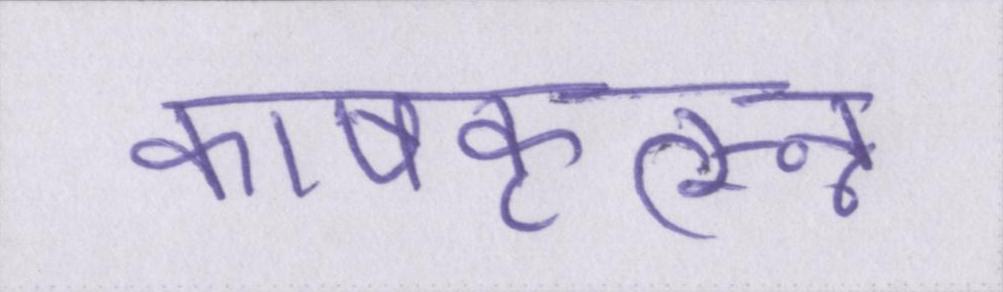
काषकृत्स्न